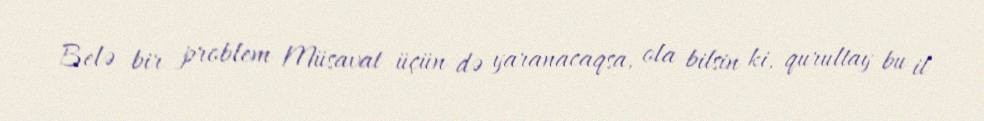
Belə bir problem Müsavat üçün də yaranacaqsa, ola bilsin ki, qurultay bu il